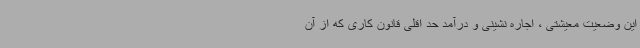
این وضعیت معیشتی ، اجاره نشینی و درآمد حد اقلی قانون کاری که از آن